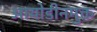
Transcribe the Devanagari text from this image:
आयोडीनमुक्त